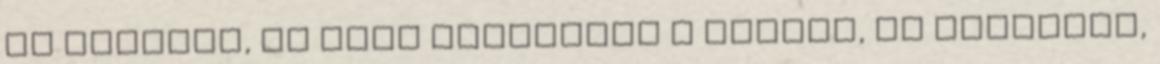
Te ítéltél, én csak reagáltam a dolgra, és bocsánat,